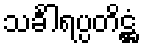
သင်္ခါရပ္ပတိဋ္ဌံ